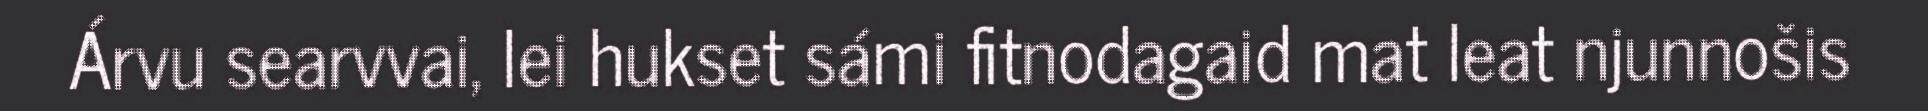
Árvu searvvai, lei hukset sámi fitnodagaid mat leat njunnošis